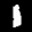
Label: 1